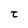
Character: t